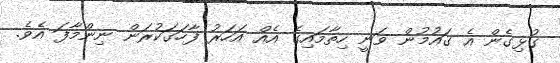
ގުޅިގެން އެ ގައުމުން ވަނީ ހިތާމައިގެ އެއް އަހަރު ފާހަގަކުރަން ނިންމާފަ އެވެ.